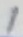
Text: 1